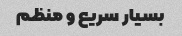
بسیار سریع و منظم